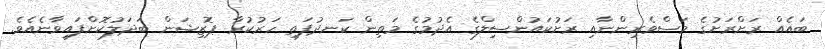
ބައެއް ރަށްރަށުގެ މަސްވެރިންނާއި ރަށުކައުންސިލްގެ އެދުމުގެ މަތިން ކަނދުފަތި ހަރުކުރާ ޕޮޒިޝަން ބަދަލުކޮށްފައިވާނެއެވެ.